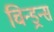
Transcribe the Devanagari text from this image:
चिन्ड्रन्स